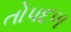
તોપદળ